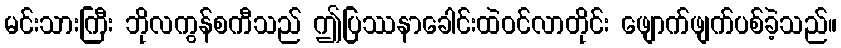
မင်းသားကြီး ဘိုလကွန်စကီသည် ဤပြဿနာခေါင်းထဲဝင်လာတိုင်း ဖျောက်ဖျက်ပစ်ခဲ့သည်။